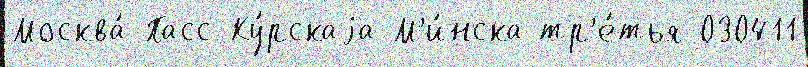
Москва́-Пасс-Ку́рскаjа М'и́нска тр'е́тья 030411